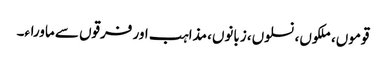
قوموں، ملکوں، نسلوں، زبانوں، مذاہب اور فرقوں سے ماوراء۔